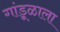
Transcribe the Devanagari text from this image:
गांडूळाला